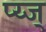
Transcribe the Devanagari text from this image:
प्य्ज्